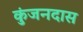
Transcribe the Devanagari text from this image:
कुंजनदास